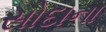
સોદાના